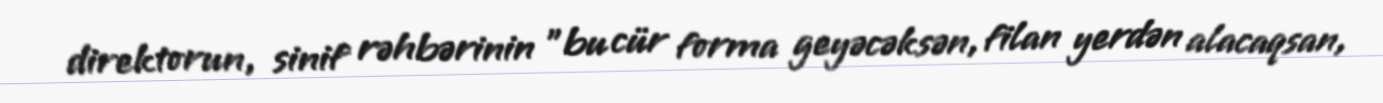
direktorun, sinif rəhbərinin "bu cür forma geyəcəksən, filan yerdən alacaqsan,